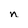
Character: n